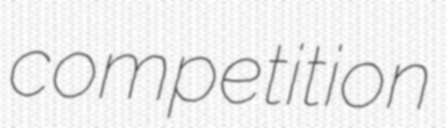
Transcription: competition